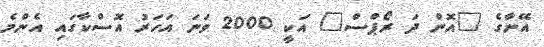
އޭނާގެ "އޮން ދަ ރޯޕްސް" އަކީ 2000 ވަނަ އަހަރު އޮސްކާގައި އެންމެ